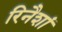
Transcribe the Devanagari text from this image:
रिनैशां